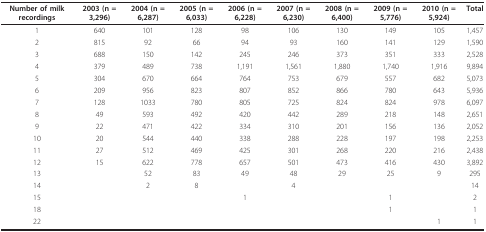
<table><thead><tr><td><b>Number of milk recordings</b></td><td><b>2003 (n = 3,296)</b></td><td><b>2004 (n = 6,287)</b></td><td><b>2005 (n = 6,033)</b></td><td><b>2006 (n = 6,228)</b></td><td><b>2007 (n = 6,230)</b></td><td><b>2008 (n = 6,400)</b></td><td><b>2009 (n = 5,776)</b></td><td><b>2010 (n = 5,924)</b></td><td><b>Total</b></td></tr></thead><tbody><tr><td>1</td><td>640</td><td>101</td><td>128</td><td>98</td><td>106</td><td>130</td><td>149</td><td>105</td><td>1,457</td></tr><tr><td>2</td><td>815</td><td>92</td><td>66</td><td>94</td><td>93</td><td>160</td><td>141</td><td>129</td><td>1,590</td></tr><tr><td>3</td><td>688</td><td>150</td><td>142</td><td>245</td><td>246</td><td>373</td><td>351</td><td>333</td><td>2,528</td></tr><tr><td>4</td><td>379</td><td>489</td><td>738</td><td>1,191</td><td>1,561</td><td>1,880</td><td>1,740</td><td>1,916</td><td>9,894</td></tr><tr><td>5</td><td>304</td><td>670</td><td>664</td><td>764</td><td>753</td><td>679</td><td>557</td><td>682</td><td>5,073</td></tr><tr><td>6</td><td>209</td><td>956</td><td>823</td><td>807</td><td>852</td><td>866</td><td>780</td><td>643</td><td>5,936</td></tr><tr><td>7</td><td>128</td><td>1033</td><td>780</td><td>805</td><td>725</td><td>824</td><td>824</td><td>978</td><td>6,097</td></tr><tr><td>8</td><td>49</td><td>593</td><td>492</td><td>420</td><td>442</td><td>289</td><td>218</td><td>148</td><td>2,651</td></tr><tr><td>9</td><td>22</td><td>471</td><td>422</td><td>334</td><td>310</td><td>201</td><td>156</td><td>136</td><td>2,052</td></tr><tr><td>10</td><td>20</td><td>544</td><td>440</td><td>338</td><td>288</td><td>228</td><td>197</td><td>198</td><td>2,253</td></tr><tr><td>11</td><td>27</td><td>512</td><td>469</td><td>425</td><td>301</td><td>268</td><td>220</td><td>216</td><td>2,438</td></tr><tr><td>12</td><td>15</td><td>622</td><td>778</td><td>657</td><td>501</td><td>473</td><td>416</td><td>430</td><td>3,892</td></tr><tr><td>13</td><td></td><td>52</td><td>83</td><td>49</td><td>48</td><td>29</td><td>25</td><td>9</td><td>295</td></tr><tr><td>14</td><td></td><td>2</td><td>8</td><td></td><td>4</td><td></td><td></td><td></td><td>14</td></tr><tr><td>15</td><td></td><td></td><td></td><td>1</td><td></td><td></td><td>1</td><td></td><td>2</td></tr><tr><td>18</td><td></td><td></td><td></td><td></td><td></td><td></td><td>1</td><td></td><td>1</td></tr><tr><td>22</td><td></td><td></td><td></td><td></td><td></td><td></td><td></td><td>1</td><td>1</td></tr></tbody></table>